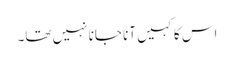
اس کا کہیں آنا جانا نہیں تھا۔